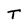
Character: T